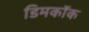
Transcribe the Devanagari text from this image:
डिमकॉक